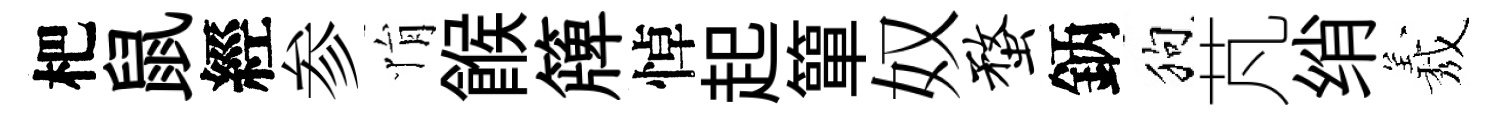
杷鼠經参悁餱簰悼起簞奴蝥鈵狗芃绡𦏁